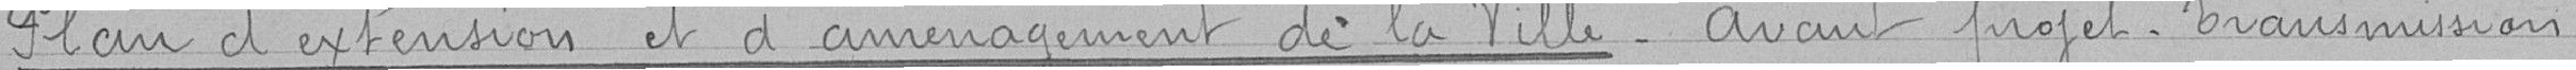
Plan d'extension et d'aménagement de la Ville_ Avant projet_ Transmission